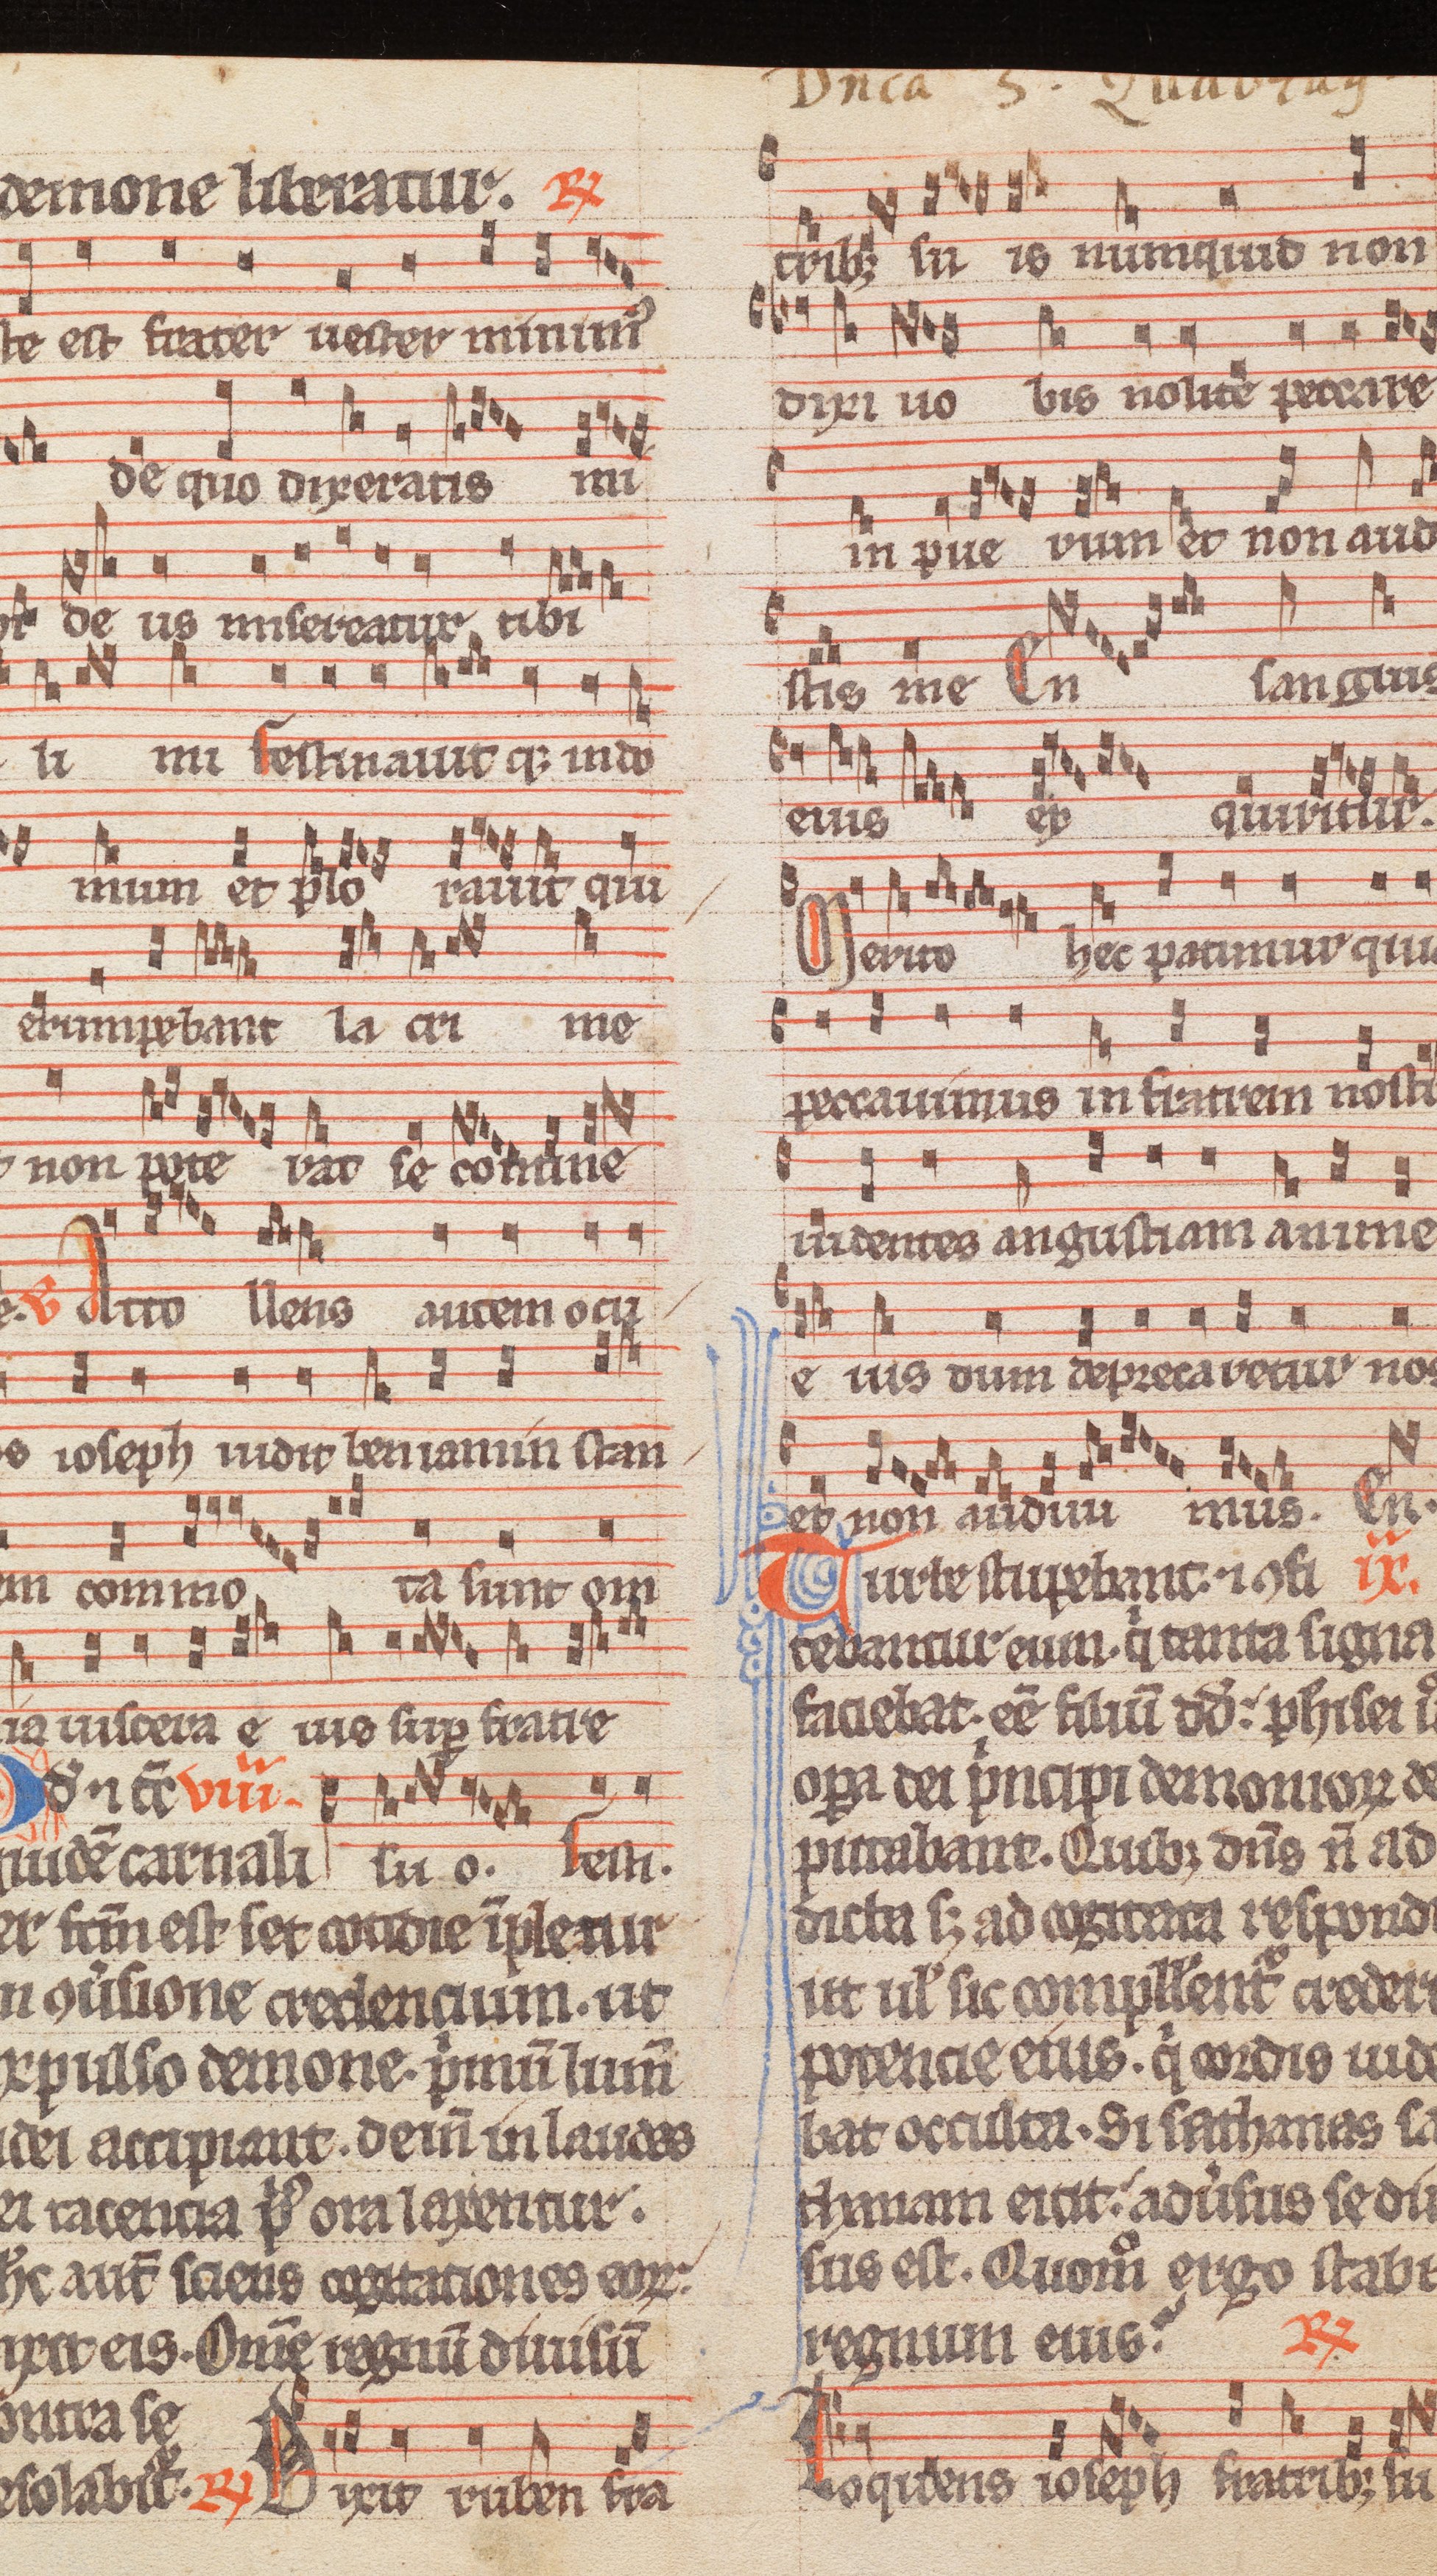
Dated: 1285–1315